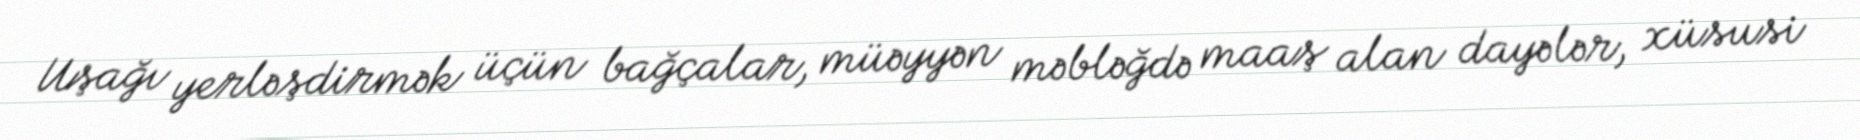
Uşağı yerləşdirmək üçün bağçalar, müəyyən məbləğdə maaş alan dayələr, xüsusi